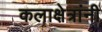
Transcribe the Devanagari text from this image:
कलाक्षेत्रांनी